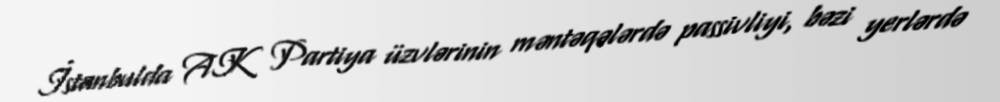
İstanbulda AK Partiya üzvlərinin məntəqələrdə passivliyi, bəzi yerlərdə